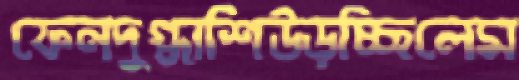
ফেনদুগ্ধাশিউড়চ্ছিলেম